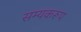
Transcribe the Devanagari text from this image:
सम्यकरूप